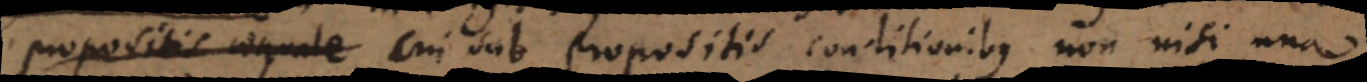
propositis aequale cui sub propositis conditionibus non nisi una